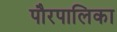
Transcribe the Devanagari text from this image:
पौरपालिका